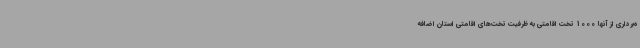
ه‌برداری از آنها 1000 تخت اقامتی به ظرفیت تخت‌های اقامتی استان اضافه